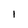
Character: 1